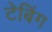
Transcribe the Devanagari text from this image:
टेबिंग